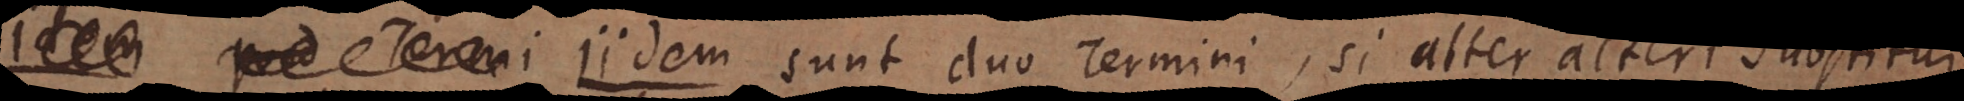
e m sunt duo Termini, si alter alteri substitui